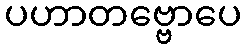
ပဟာတဗ္ဗောပေ